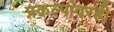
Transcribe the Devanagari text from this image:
प्रकल्पांवरही